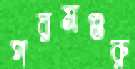
পরমগুরু